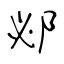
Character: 邲